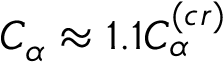
C _ { \alpha } \approx 1 . 1 C _ { \alpha } ^ { ( c r ) }